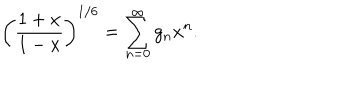
LaTeX: \biggl ( { \frac { 1 + x } { 1 - x } } \biggr ) ^ { 1 / 6 } = \sum _ { n = 0 } ^ { \infty } g _ { n } x ^ { n } .